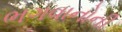
ભગવાનોની